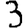
Digit: 3